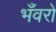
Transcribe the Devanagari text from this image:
भँवरों